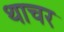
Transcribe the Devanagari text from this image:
थाचर